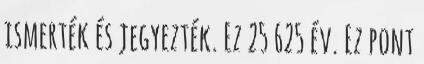
ismerték és jegyezték. Ez 25 625 év. Ez pont